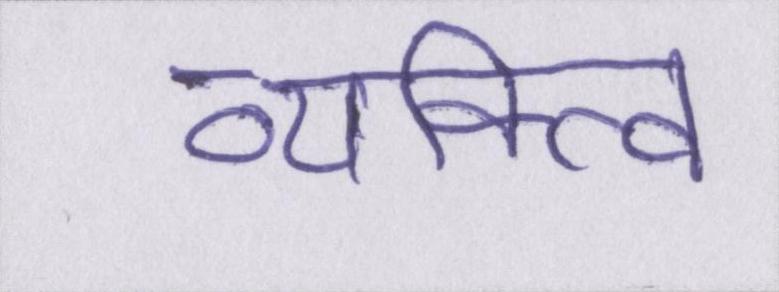
व्यक्त्वि